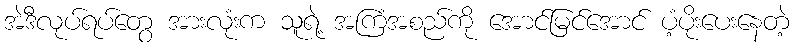
အဲဒီလုပ်ရပ်တွေ အားလုံးက သူရဲ့ အကြံအစည်ကို အောင်မြင်အောင် ပံ့ပိုးပေးနေတဲ့